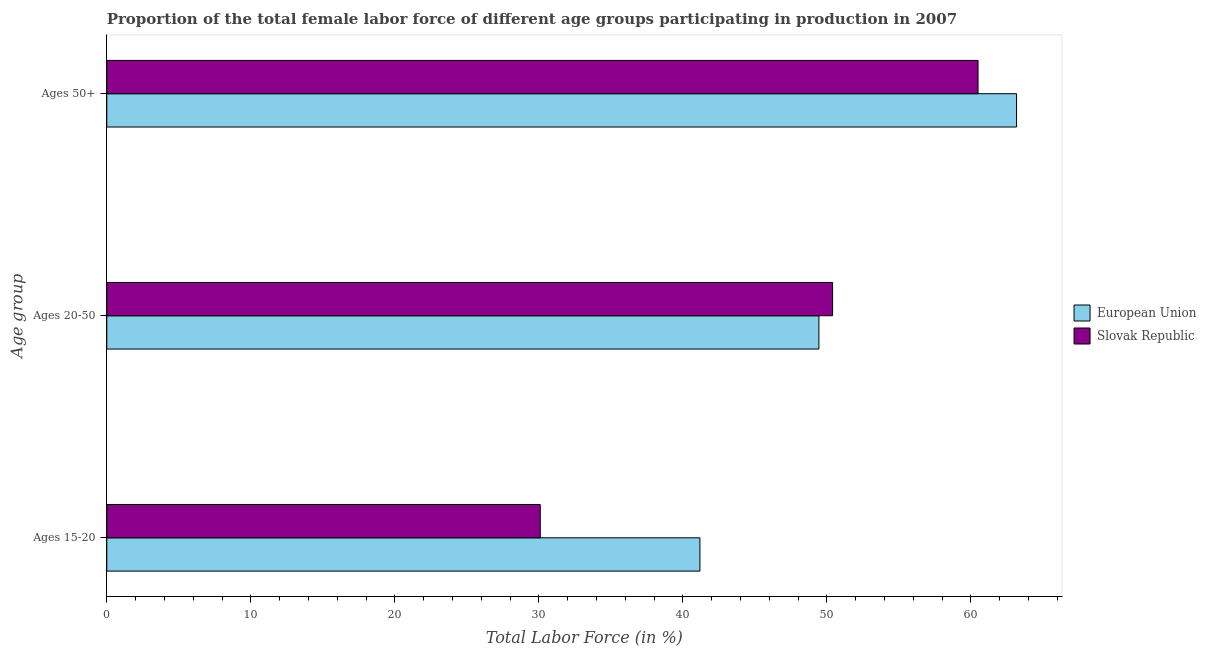
| Age group | European Union | Slovak Republic |
 | --- | --- | --- |
 | Ages 15-20 | 41.2 | 30.1 |
 | Ages 20-50 | 49.5 | 50.4 |
 | Ages 50+ | 63.2 | 60.5 |